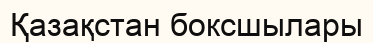
Қазақстан боксшылары